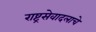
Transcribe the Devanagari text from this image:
राष्ट्रसेवादलाचे